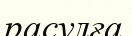
расулға